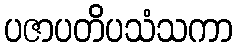
ပဇာပတိပသံသကာ